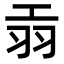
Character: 𦏺